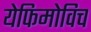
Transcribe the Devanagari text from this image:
येफिमोविच